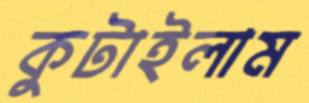
কুটাইলাম